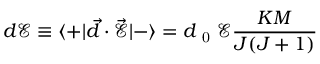
d \mathcal { E } \equiv \langle + | \vec { d } \cdot \vec { \mathcal { E } } | - \rangle = d _ { \mathrm { ~ 0 ~ } } \mathcal { E } \frac { K M } { J ( J + 1 ) }